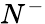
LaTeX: N^{-}